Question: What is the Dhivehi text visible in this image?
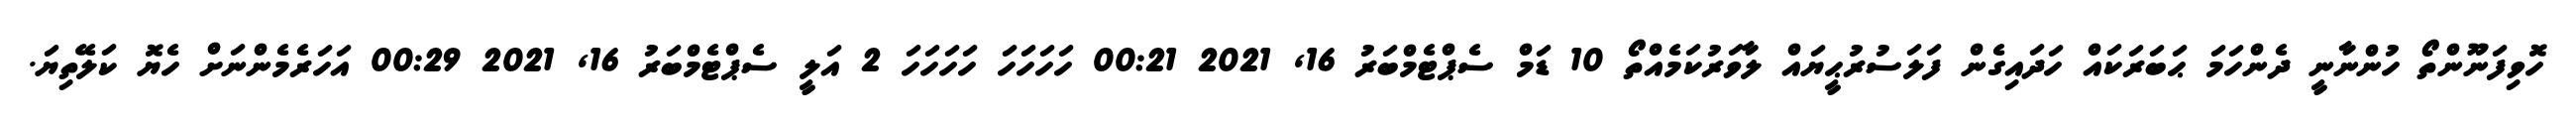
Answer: ހޮވިފަނޫންތޯ ހުންނާނީ ދެންހަމަ ޙަބަރަކައް ހަދައިގެން ފަލަސުރުޙީޔައް ލާވަރުކަމެއްތޯ 10 ޑަމް ސެޕްޓެމްބަރު 16, 2021 00:21 ހަހަހަހަ ހަހަހަހަ 2 އަލީ ސެޕްޓެމްބަރު 16, 2021 00:29 އަހަރެމެންނަށް ހެޔޮ ކަލޭތިޔަ.